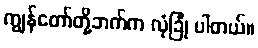
ကျွန်တော်တို့ဘက်က လုံခြုံ ပါတယ်။